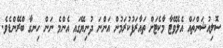
ސޮލިއުޝަންތައް އެލެވޭޓާ މާކެޓަށް ތައާރަފުކުރަމުން އަންނަ ދުނިޔޭގައި އެންމެ ނަން ހިނގާ ބްރޭންޑެވެ.